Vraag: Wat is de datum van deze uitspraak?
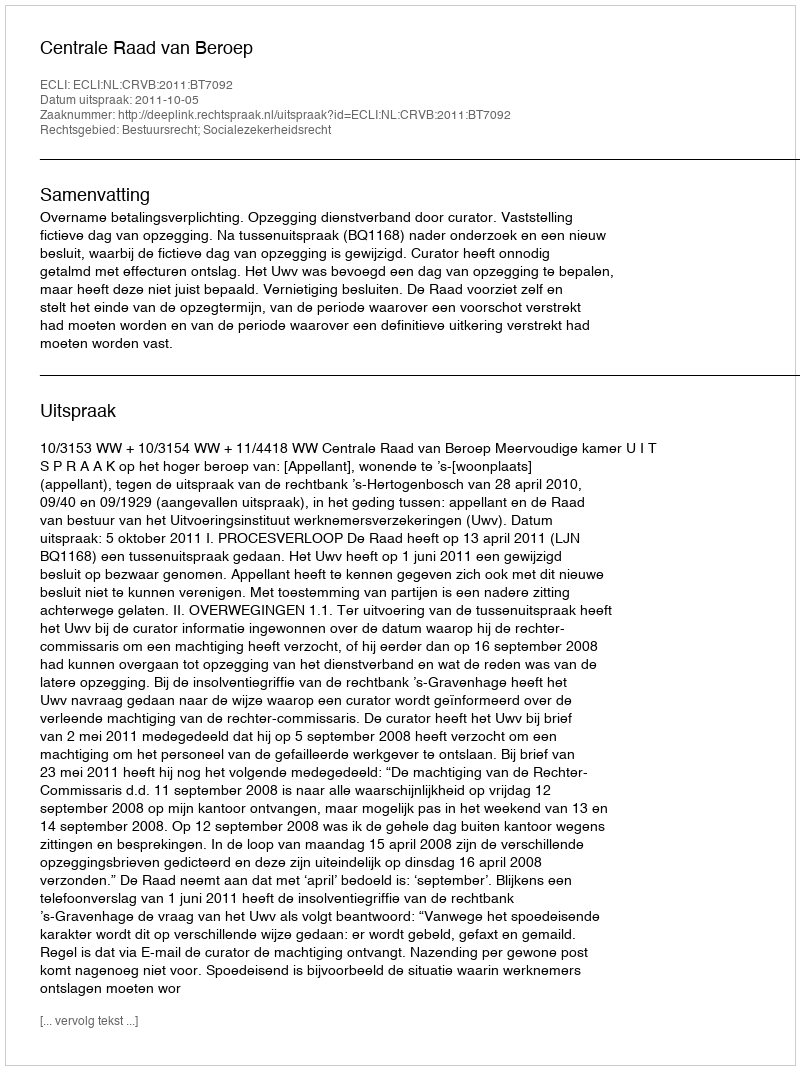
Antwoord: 2011-10-05